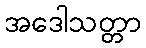
အဒေါသတ္တာ